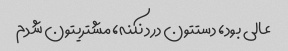
عالی بود، دستتون درد نکنه، مشتریتون شدم